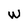
Character: W